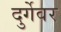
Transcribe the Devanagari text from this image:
दुर्गेवर